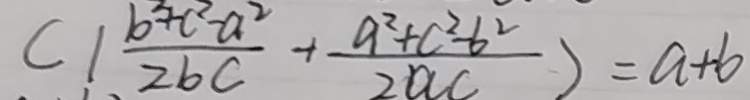
( 1 \frac { b ^ { 2 } + c ^ { 2 } - a ^ { 2 } } { 2 b c } + \frac { a ^ { 2 } + c ^ { 2 } - b ^ { 2 } } { 2 a c } ) = a + b